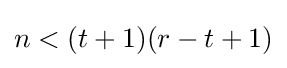
n<(t+1)(r-t+1)